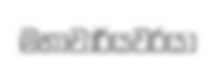
මහාචාර්යවරයා